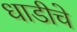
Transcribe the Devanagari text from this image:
धाडीचे